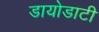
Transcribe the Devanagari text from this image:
डायोडाटी